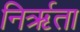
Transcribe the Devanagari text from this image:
निर्ऋता